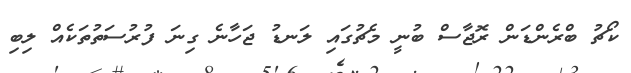
ކޯޗު ބްރެންޑަން ރޮޖާސް ބުނީ މެޗުގައި ލަނޑު ޖަހާނެ ގިނަ ފުރުސަތުތަކެއް ލިބި